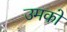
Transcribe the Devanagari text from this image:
उमको